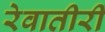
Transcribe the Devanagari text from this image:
रेवातीरीं